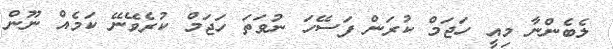
ލެބެންނާ މިއީ ހަޖަމް ކުރަން ފަސޭހަ ނުވަތަ ހަޖަމް ކުރެވޭނޭ ކަމެއް ނޫން